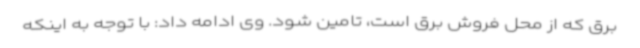
برق که از محل فروش برق است، تامین شود. وی ادامه داد: با توجه به اینکه